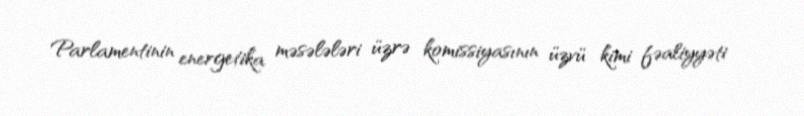
Parlamentinin energetika məsələləri üzrə komissiyasının üzvü kimi fəaliyyəti